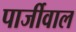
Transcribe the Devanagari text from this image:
पार्जीवाल